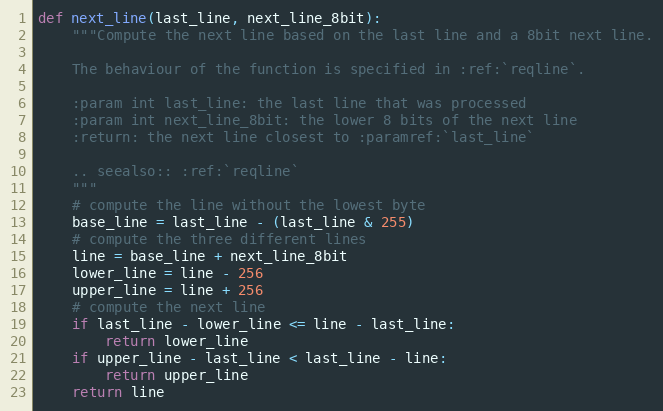
Language: Python
def next_line(last_line, next_line_8bit):
    """Compute the next line based on the last line and a 8bit next line.

    The behaviour of the function is specified in :ref:`reqline`.

    :param int last_line: the last line that was processed
    :param int next_line_8bit: the lower 8 bits of the next line
    :return: the next line closest to :paramref:`last_line`

    .. seealso:: :ref:`reqline`
    """
    # compute the line without the lowest byte
    base_line = last_line - (last_line & 255)
    # compute the three different lines
    line = base_line + next_line_8bit
    lower_line = line - 256
    upper_line = line + 256
    # compute the next line
    if last_line - lower_line <= line - last_line:
        return lower_line
    if upper_line - last_line < last_line - line:
        return upper_line
    return line